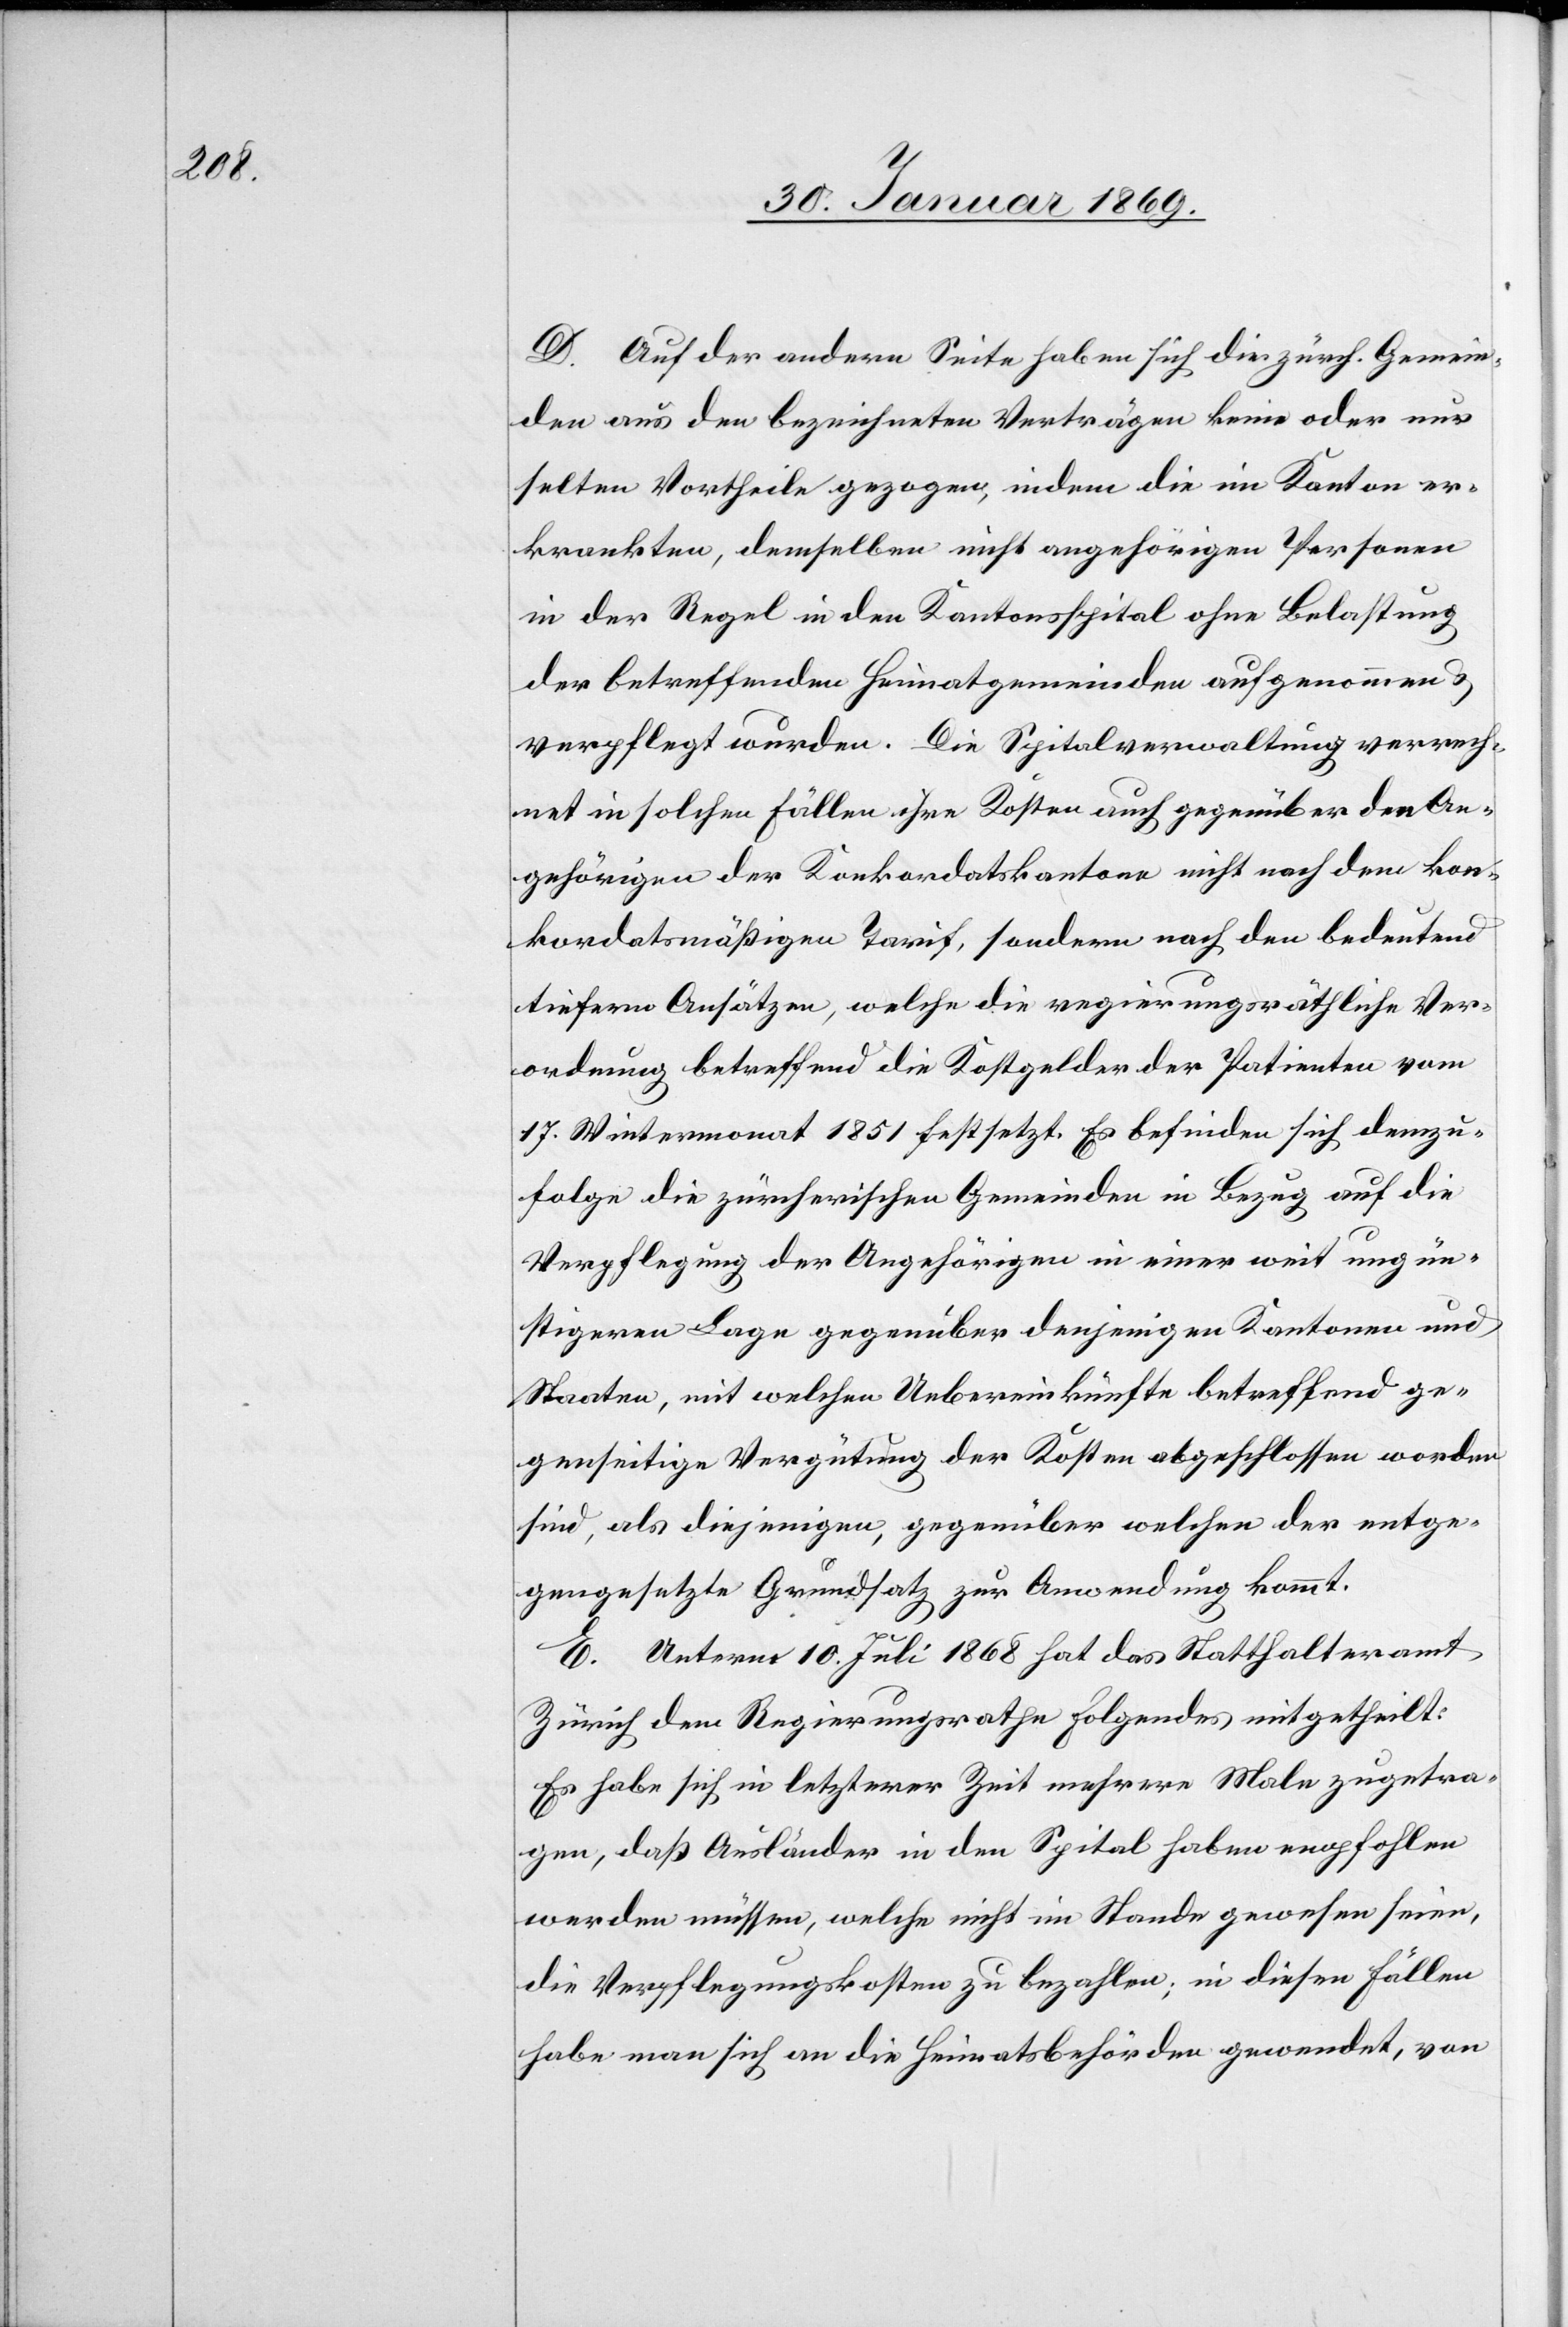
D. Auf der andern Seite haben sich die zürch. Gemein¬
den aus den bezeichneten Verträgen keine oder nur
selten Vortheile gezogen, indem die im Kanton er¬
krankten, demselben nicht angehörigen Personen
in der Regel in den Kantonsspital ohne Belastung
der betreffenden Privatgemeinden aufgenommen
verpflegt wurden. Die Spitalverwaltung verrech¬
net in solchen Fällen ihre Kosten auch gegenüber den An¬
gehörigen der Konkordatskantone nicht nach dem kon¬
kordatsmäßigen Tarif, sondern nach den bedeutend
tiefern Ansätzen, welche die regierungsräthliche Ver¬
ordnung betreffend die Kostgelder der Patienten vom
17. Wintermonat 1851 festsetzt. Es befinden sich demzu¬
folge die zürcherischen Gemeinden in Bezug auf die
Verpflegung der Angehörigen in einer weit ungün¬
stigeren Lage gegenüber denjenigen Kantonen und
Staaten, mit welchen Uebereinkünfte betreffend ge¬
genseitige Vergütung der Kosten abgeschlossen worden
sind, als diejenigen, gegenüber welchen der entge¬
gengesetzte Grundsatz zur Anwendung kommt.
E. Unterm 10. Juli 1868 hat das Statthalteramt
Zürich dem Regierungsrathe Folgendes mitgetheilt:
Es habe sich in letzterer Zeit mehrere Male zugetra¬
gen, daß Ausländer in den Spital haben empfohlen
werden müssen, welche nicht im Stande gewesen seien,
die Verpflegungskosten zu bezahlen; in diesen Fällen
habe man sich an die Heimatsbehörden gewendet, von